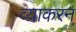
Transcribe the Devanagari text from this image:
व्याकरन